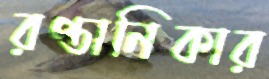
রপ্তানিকার